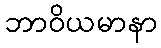
ဘာဝိယမာနာ